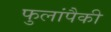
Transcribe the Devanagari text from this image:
फुलांपैकी